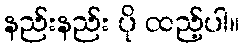
နည်းနည်း ပို ထည့်ပါ။